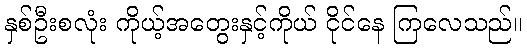
နှစ်ဦးစလုံး ကိုယ့်အတွေးနှင့်ကိုယ် ငိုင်နေ ကြလေသည်။